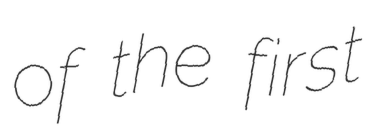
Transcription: of the first